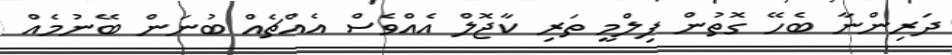
ދަރިންނާ ބެހޭ ގޮތުން ފިލްމީ ތަރި ކާޖޮލް އެއްވެސް އެއްޗެއް ބުނަން ބޭނުމެއް